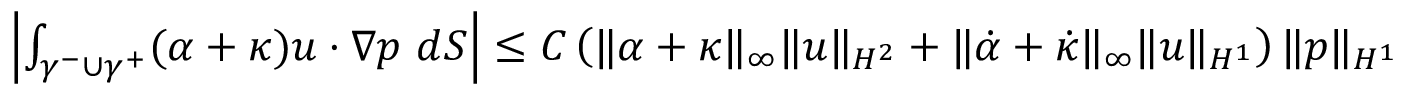
\begin{array} { r } { \left| \int _ { \gamma ^ { - } \cup \gamma ^ { + } } ( \alpha + \kappa ) u \cdot \nabla p \ d S \right| \leq C \left( \| \alpha + \kappa \| _ { \infty } \| u \| _ { H ^ { 2 } } + \| \dot { \alpha } + \dot { \kappa } \| _ { \infty } \| u \| _ { H ^ { 1 } } \right) \| p \| _ { H ^ { 1 } } } \end{array}